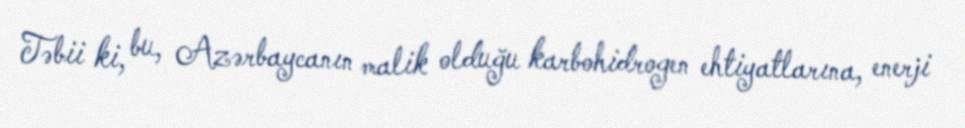
Təbii ki, bu, Azərbaycanın malik olduğu karbohidrogen ehtiyatlarına, enerji